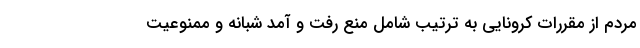
مردم از مقررات کرونایی به ترتیب شامل منع رفت و آمد شبانه و ممنوعیت